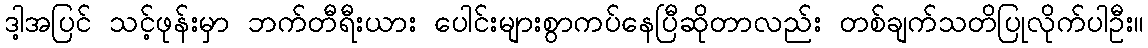
ဒါ့အပြင် သင့်ဖုန်းမှာ ဘက်တီရီးယား ပေါင်းများစွာကပ်နေပြီဆိုတာလည်း တစ်ချက်သတိပြုလိုက်ပါဦး။